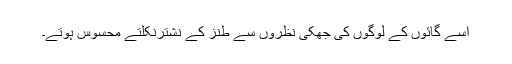
اسے گائوں کے لوگوں کی جھکی نظروں سے طنز کے نشترنکلتے محسوس ہوتے۔